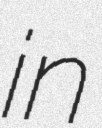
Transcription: in